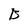
Character: B